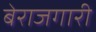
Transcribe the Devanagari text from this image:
बेराजगारी